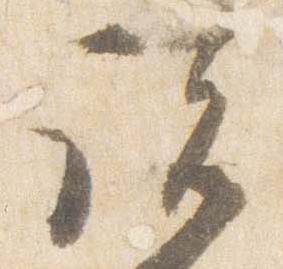
諸